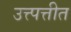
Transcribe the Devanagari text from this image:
उत्त्पत्तीत